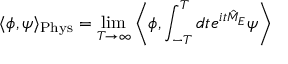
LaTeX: \langle \phi , \psi \rangle _ { \mathrm { P h y s } } = \operatorname* { l i m } _ { T \to \infty } \left\langle \phi , \int _ { - T } ^ { T } d t e ^ { i t { \hat { M } } _ { E } } \psi \right\rangle